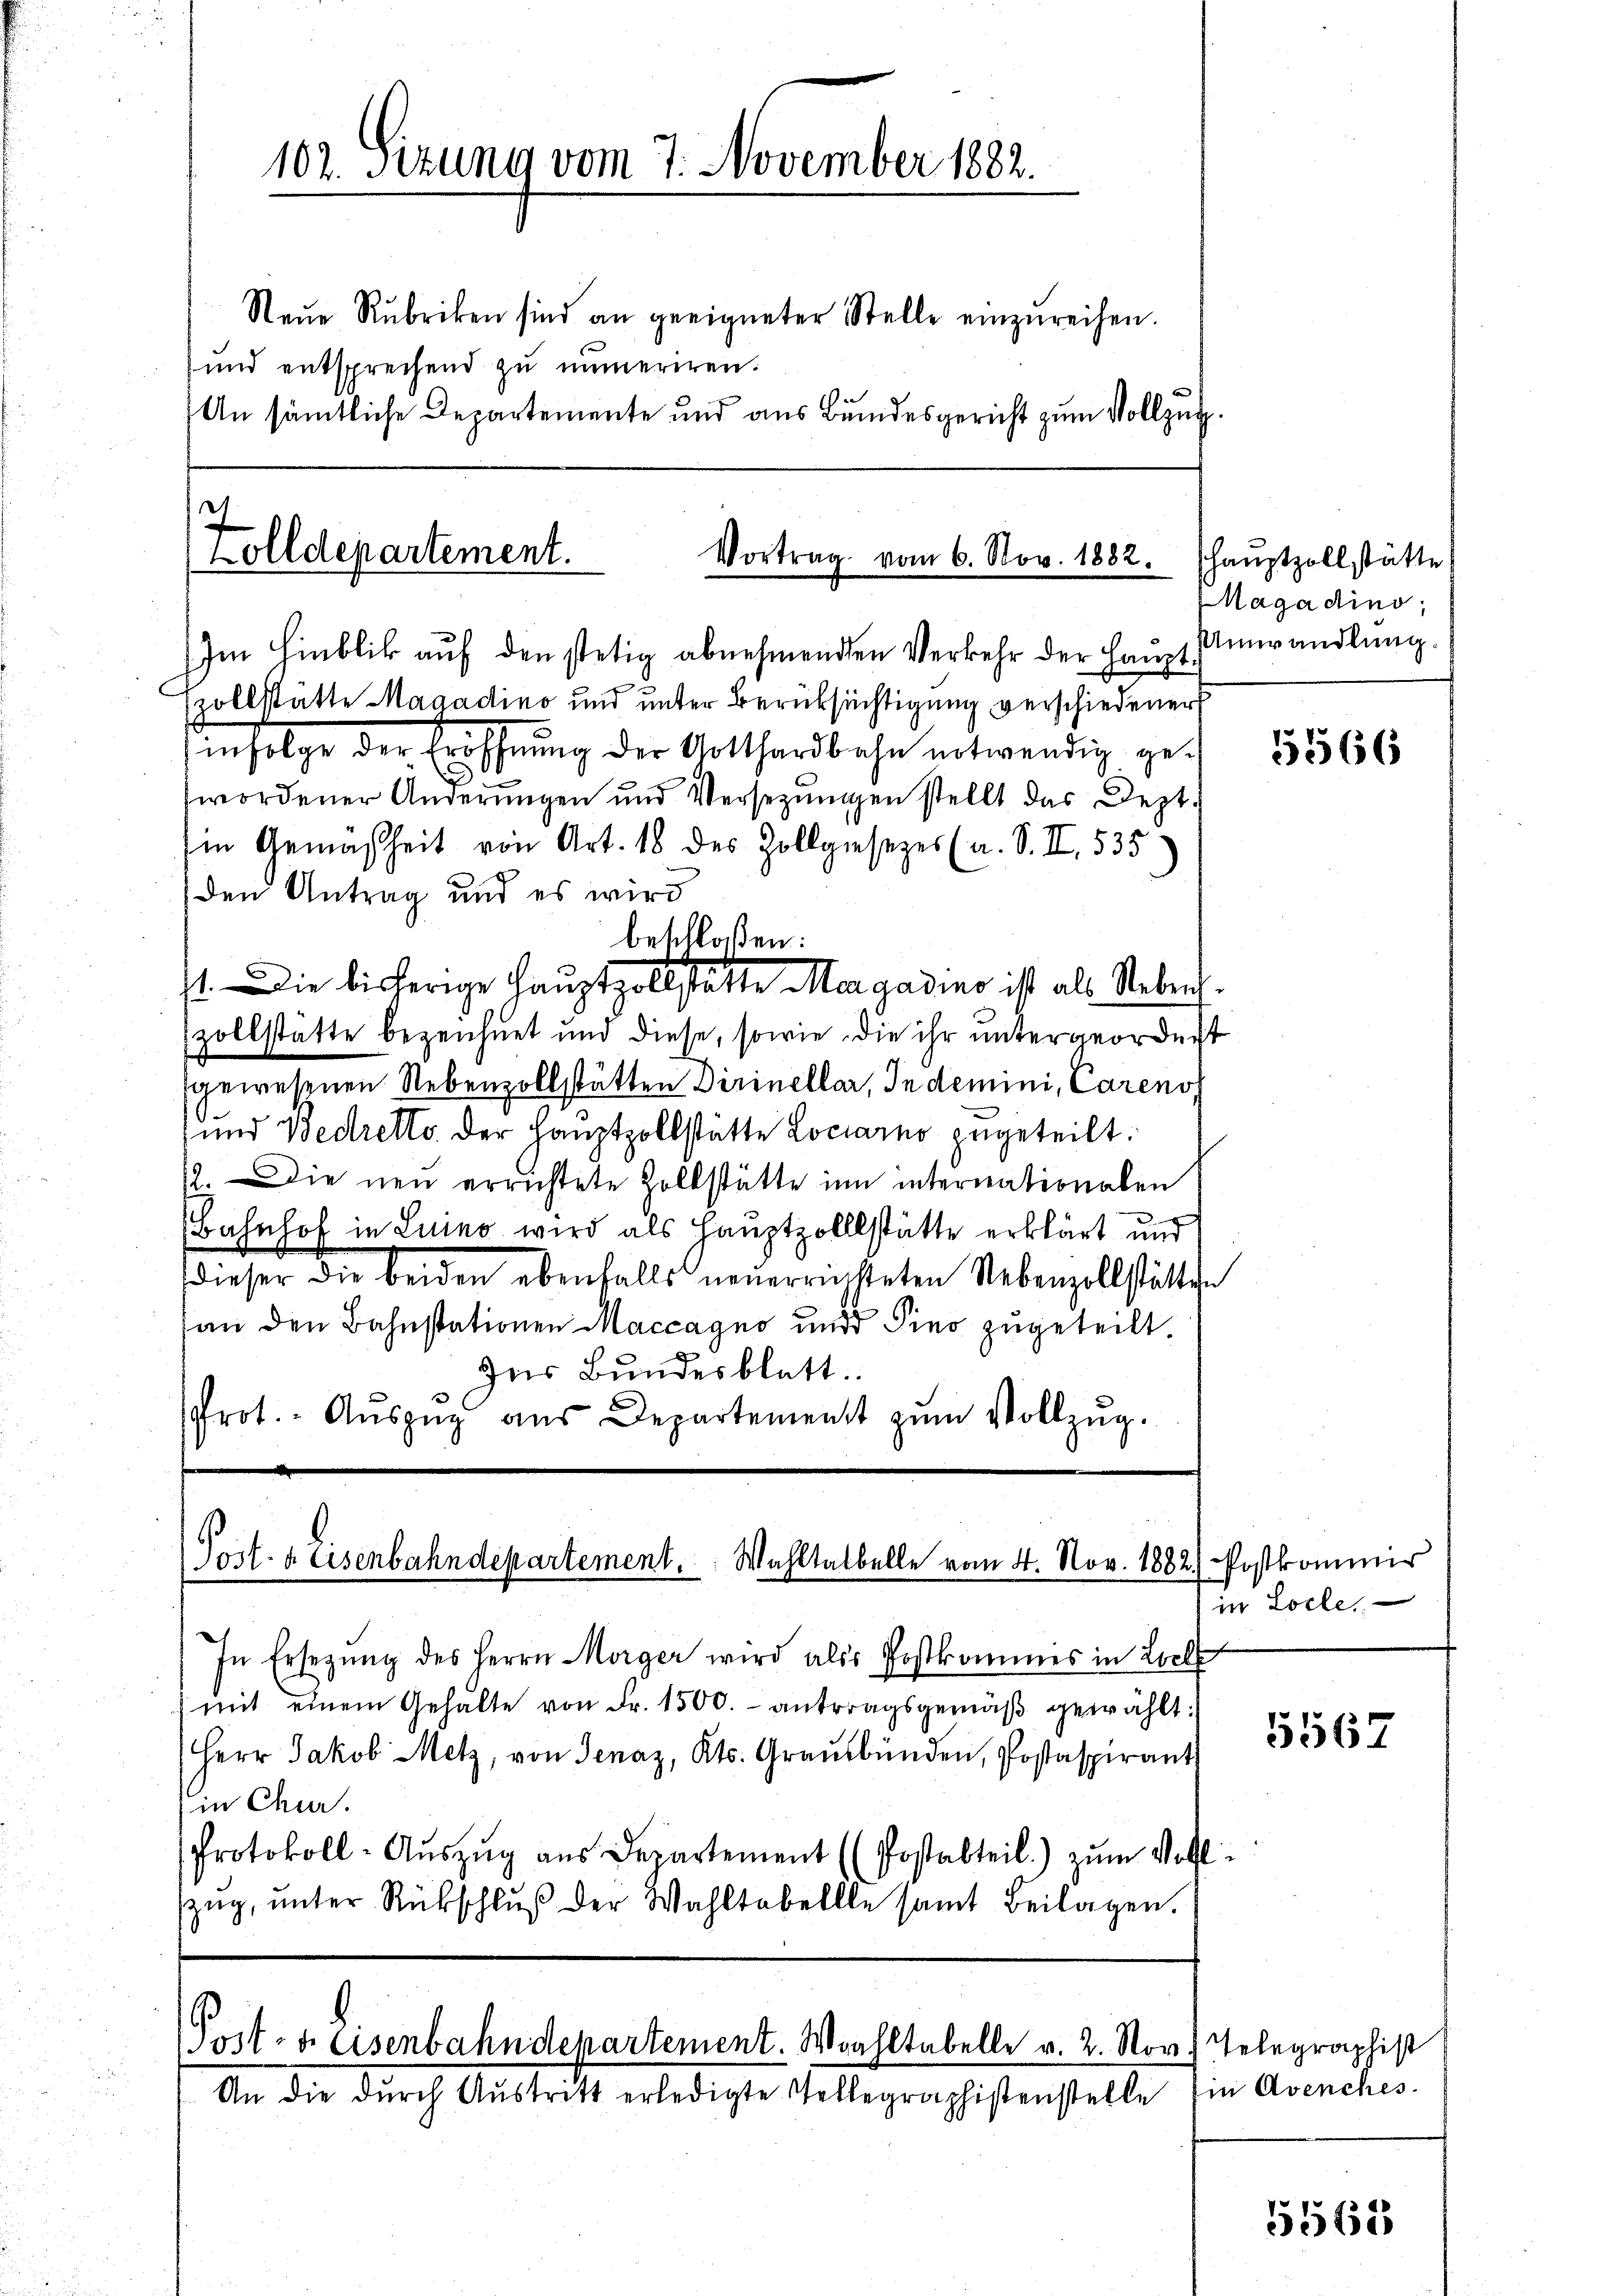
102. Sizung vom 7. November 1882.
Neŭe Rubriken sind an geeigneter Stelle einzŭreihen.
und entsprechend zu numeriren.
An sämtliche Departemente und aus Bundesgericht zum Vollzug.

h
olldepartement.
Vortrag vom 6. Nov. 1882. (haŭptzollstätte
Im Hinblik auf den stetig abnehmenden Verkehr der Haupt

zollstatte Maaadino und unter Berüksichtigung verschiedener
infolge der Eröffnŭng der Gotthardbahn notwendig gewordener Änderungen und Versetzungen stellt das Dept.
Ein Gemäßheit von Art. 18 des Zollgesezes (a. S. II 535
den Antrag und es wird
1. Die bisherige Hauptzollstatte Magadino ist als Neben.
zollstätte bezeichnet und diese, sowie die ihr untergeordnet
sgewesenen Nebenzollstätten Dirinellar, Indemini, Carenos
und Bedretto. Der Hauptzollstätte Locarno zugeteilt:
12. Die neu errichtete Zollstätte in internationalen
Bahnhof in Luino wird als Hauptzolllstätte erklärt und
dieser die beiden ebenfalls neuerrichsteten Nebenzollstätten
an den Bahnstationen Maccagno und Sino zugeteilt.
Des Bŭndesblatt.
rot. Aŭszŭg aŭs Departement zŭm Vollzŭg.

beschloßen:

Port. 4. Eisenbahndepartement. Wahltalbelle vom 4. Nov. 1882. Postkommis

In Ersetzŭng des Herrn Morger wird als Postkommes in Loch
(mit einem Gehalte von Fr. 1500. antragsgemäβ gewählt:
Herr Jakob Metz, von Jenaz, Kts. Graubünden, Postaspirant
in Chur.
Protokoll-Aŭszŭg aŭs Departement (Postabteil) zŭm Voll-
Zŭg, ŭnter Rückschlŭβ der Wahltabellle samt Beilagen.

Post- u. Eisenbahndepartement. Wohltabelle v. 2. Nov. Telegraphist

An die durch Austritt erledigte Tollegraphistenstelle Ein Avenches.

Hagadino,
Umwandlung.

5566

in Locle,

5567

5568